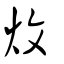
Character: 炆